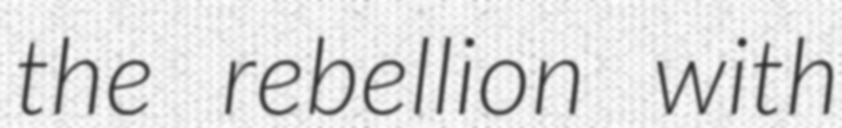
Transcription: the rebellion with